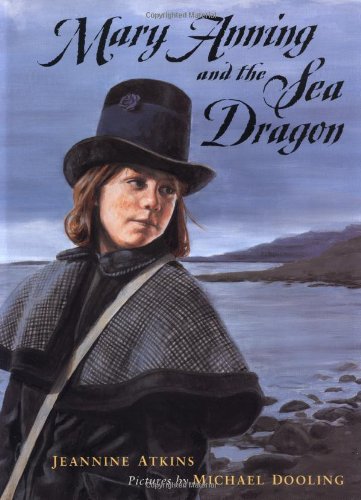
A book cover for Mary Anning and the Sea Dragon; Jeannine Atkins; Children's Books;